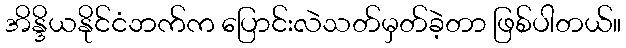
အိန္ဒိယနိုင်ငံဘက်က ပြောင်းလဲသတ်မှတ်ခဲ့တာ ဖြစ်ပါတယ်။